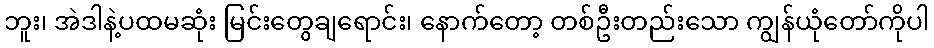
ဘူး၊ အဲဒါနဲ့ပထမဆုံး မြင်းတွေချရောင်း၊ နောက်တော့ တစ်ဦးတည်းသော ကျွန်ယုံတော်ကိုပါ